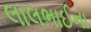
લાલભાઈના